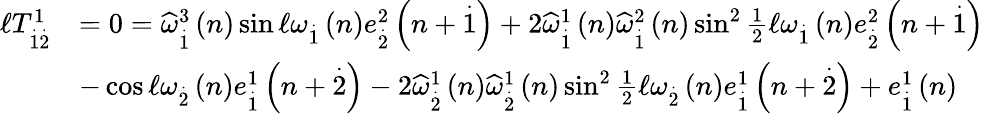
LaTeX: \begin{array}{rl}{\mathcal{\ell}T_{\overset{.}{1}\overset{.}{2}}^{1}}&{=0=\widehat{\omega}_{\overset{.}{1}}^{3}\left(n\right)\sin\mathcal{\ell}\omega_{\overset{.}{1}}\left(n\right)e_{\overset{.}{2}}^{2}\left(n+\overset{.}{1}\right)+2\widehat{\omega}_{\overset{.}{1}}^{1}\left(n\right)\widehat{\omega}_{\overset{.}{1}}^{2}\left(n\right)\sin^{2}\frac{1}{2}\mathcal{\ell}\omega_{\overset{.}{1}}\left(n\right)e_{\overset{.}{2}}^{2}\left(n+\overset{.}{1}\right)}\\ &{-\cos\mathcal{\ell}\omega_{\overset{.}{2}}\left(n\right)e_{\overset{.}{1}}^{1}\left(n+\overset{.}{2}\right)-2\widehat{\omega}_{\overset{.}{2}}^{1}\left(n\right)\widehat{\omega}_{\overset{.}{2}}^{1}\left(n\right)\sin^{2}\frac{1}{2}\mathcal{\ell}\omega_{\overset{.}{2}}\left(n\right)e_{\overset{.}{1}}^{1}\left(n+\overset{.}{2}\right)+e_{\overset{.}{1}}^{1}\left(n\right)}\end{array}